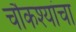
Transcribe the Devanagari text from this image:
चौकश्यांचा